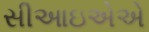
સીઆઇએએ